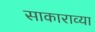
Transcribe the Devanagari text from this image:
साकाराव्या